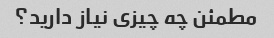
مطمئن چه چیزی نیاز دارید؟